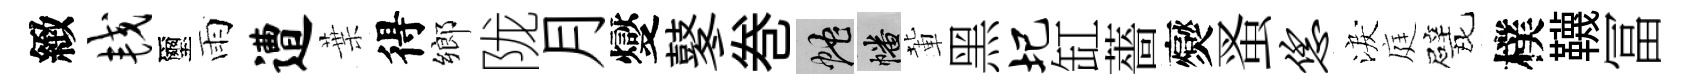
緻较璽雨遭葉得鄉陇月燮鼕巻蛇幡輩黑圯缸薔爕蚤恁淚庭甓樸韈冨